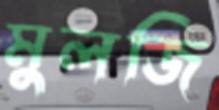
মুলজি